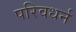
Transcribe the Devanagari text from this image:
परिवधर्न